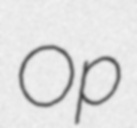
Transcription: Op